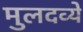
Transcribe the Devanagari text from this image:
मुलदव्ये